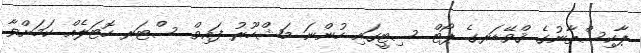
ޕާކިސްތާނުގެ ޤްވޭޑަރގެ ޕޯޓް ސިޓީގައި ހުންނަ މަޝްހޫރު ފައިވް ސްޓަރ ހޮޓަލެއް ކަމަށްވާ